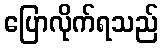
ပြောလိုက်ရသည်